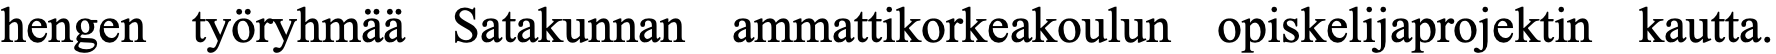
hengen työryhmää Satakunnan ammattikorkeakoulun opiskelijaprojektin kautta.